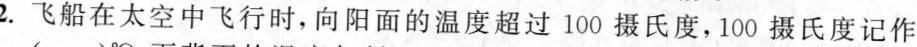
2.飞船在太空中飞行时，向阳面的温度超过100摄氏度，100摄氏度记作